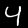
Label: 4